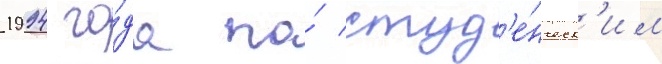
1994 го́да по́ студ'е́нческ'им